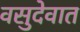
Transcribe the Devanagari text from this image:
वसुदेवात